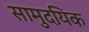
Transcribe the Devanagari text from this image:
सामुदयिक